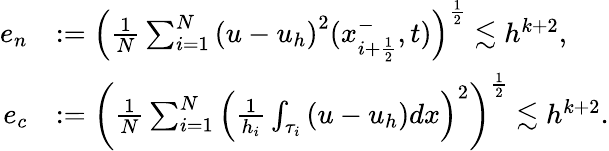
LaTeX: \begin{array}{rl}{e_{n}}&{:=\left(\frac{1}{N}\sum_{i=1}^{N}\left(u-u_{h}\right)^{2}(x_{i+\frac{1}{2}}^{-},t)\right)^{\frac{1}{2}}\lesssim h^{k+2},}\\ {e_{c}}&{:=\left(\frac{1}{N}\sum_{i=1}^{N}\left(\frac{1}{h_{i}}\int_{\tau_{i}}\left(u-u_{h}\right)dx\right)^{2}\right)^{\frac{1}{2}}\lesssim h^{k+2}.}\end{array}